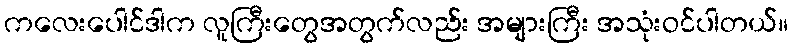
ကလေးပေါင်ဒါက လူကြီးတွေအတွက်လည်း အများကြီး အသုံးဝင်ပါတယ်။